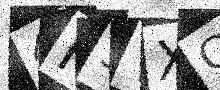
Text: 4F5YXC